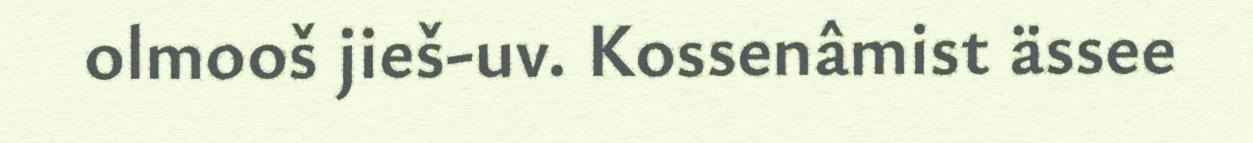
olmooš jieš-uv. Kossenâmist ässee